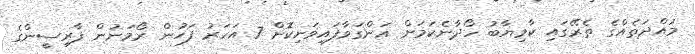
މުއްދަތެއްގެ ތެރޭގައި ކާމިޔާބު ހޯދާނެކަމަށް އަންގަވާފައިވަނިކޮށް 7 އަހަރު ފަހުން ރޯމަނުން ފާރިސީންގެ